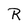
Character: R